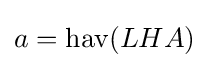
a=\operatorname {hav} (LHA)